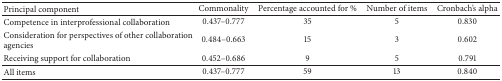
<table><thead><tr><td><b>Principal component</b></td><td><b>Commonality</b></td><td><b>Percentage accounted for %</b></td><td><b>Number of items</b></td><td><b>Cronbach&#x27;s alpha</b></td></tr></thead><tbody><tr><td>Competence in interprofessional collaboration</td><td>0.437–0.777</td><td>35</td><td>5</td><td>0.830</td></tr><tr><td>Consideration for perspectives of other collaboration agencies </td><td>0.484–0.663</td><td>15</td><td>3</td><td>0.602</td></tr><tr><td>Receiving support for collaboration</td><td>0.452–0.686</td><td>9</td><td>5</td><td>0.791</td></tr><tr><td>All items</td><td>0.437–0.777</td><td>59</td><td>13</td><td>0.840</td></tr></tbody></table>